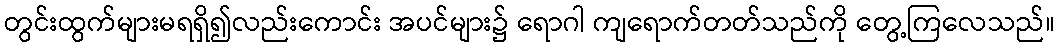
တွင်းထွက်များမရရှိ၍လည်းကောင်း အပင်များ၌ ရောဂါ ကျရောက်တတ်သည်ကို တွေ့ကြလေသည်။